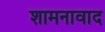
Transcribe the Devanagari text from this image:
शामनावाद